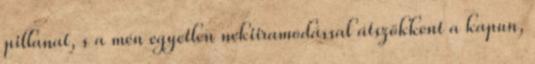
pillanat, s a mén egyetlen nekiiramodással átszökkent a kapun,